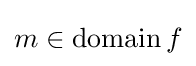
m\in \operatorname {domain} f